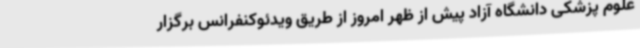
علوم پزشکی دانشگاه آزاد پیش از ظهر امروز از طریق ویدئوکنفرانس برگزار